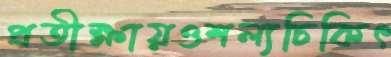
প্রতীক্ষায়ওশল্যচিকিৎ